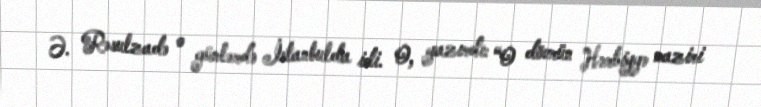
Ə. Rəsulzadə o günlərdə İstanbulda idi. O, yazırdı: “O dövrün Hərbiyyə naziri